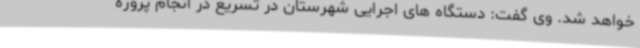
خواهد شد. وی گفت: دستگاه های اجرایی شهرستان در تسریع در انجام پروژه